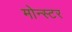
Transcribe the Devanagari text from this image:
मोन्स्टर